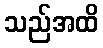
သည်အထိ